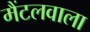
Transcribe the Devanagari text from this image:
मैंटलवाला